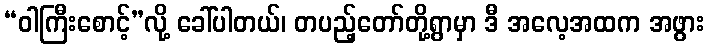
“ဝါကြီးစောင့်”လို့ ခေါ်ပါတယ်၊ တပည့်တော်တို့ရွာမှာ ဒီ အလေ့အထက အဖွား